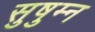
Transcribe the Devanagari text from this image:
सुषुम्न